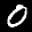
Label: 0